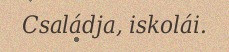
Családja, iskolái.